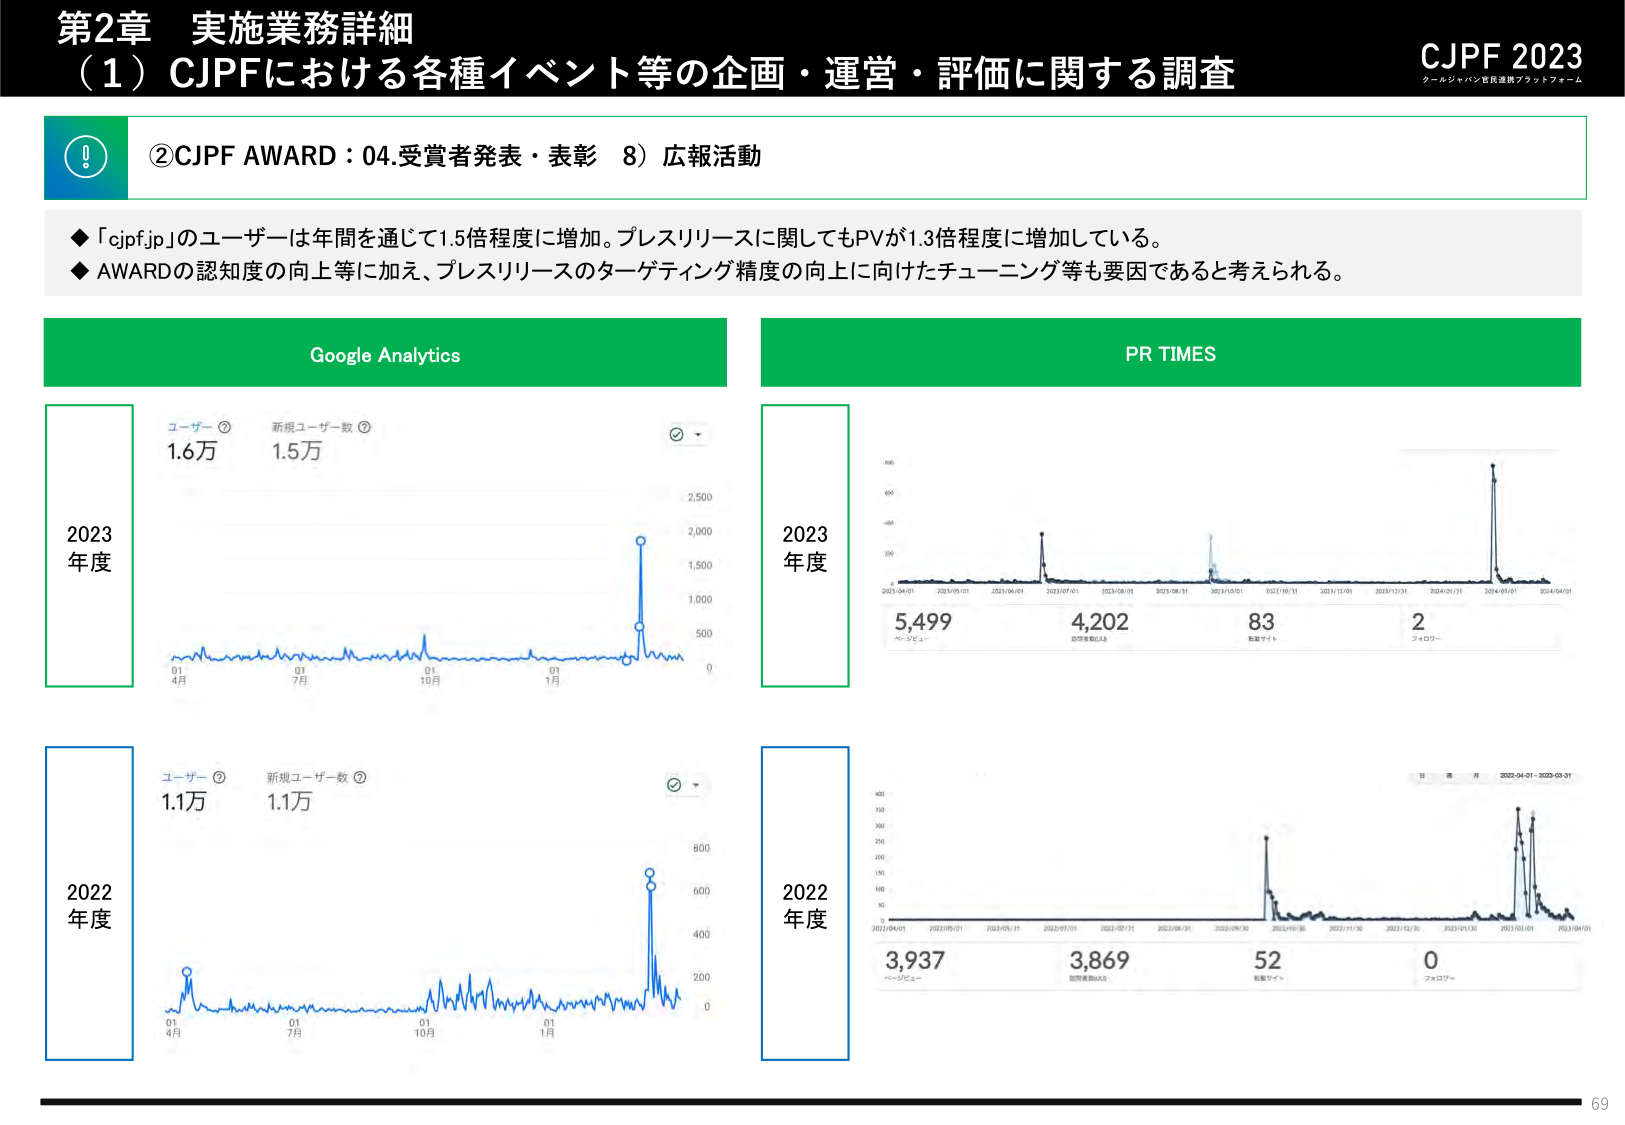
第2章 実施業務詳細
（1）CJPFにおける各種イベント等の企画・運営・評価に関する調査
CJPF 2023
クールジャパン官民連携プラットフォーム

②CJPF AWARD：04.受賞者発表・表彰 8）広報活動

◆「cjpf.jp」のユーザーは年間を通じて1.5倍程度に増加。プレスリリースに関してもPVが1.3倍程度に増加している。
◆AWARDの認知度の向上等に加え、プレスリリースのターゲティング精度の向上に向けたチューニング等も要因であると考えられる。

Google Analytics
2023年度
ユーザー ⑦ 1.6万
新規ユーザー数 ⑦ 1.5万
（グラフ：横軸01 4月、01 7月、01 10月、01 1月、縦軸0, 500, 1,000, 1,500, 2,000, 2,500）

2022年度
ユーザー ⑦ 1.1万
新規ユーザー数 ⑦ 1.1万
（グラフ：横軸01 4月、01 7月、01 10月、01 1月、縦軸0, 200, 400, 600, 800）

PR TIMES
2023年度
5,499 ページビュー
4,202 ①閲覧数②
83 配信サイト
2 フォロワー
（グラフ：横軸2023/04/01～2024/04/01）

2022年度
3,937 ページビュー
3,869 ①閲覧数②
52 配信サイト
0 フォロワー
（グラフ：横軸2022/04/01～2023/03/31）

69